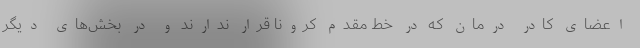
اعضای کادر درمان که در خط مقدم کرونا قرار ندارند و در بخش‌های دیگر